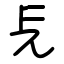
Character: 㒫